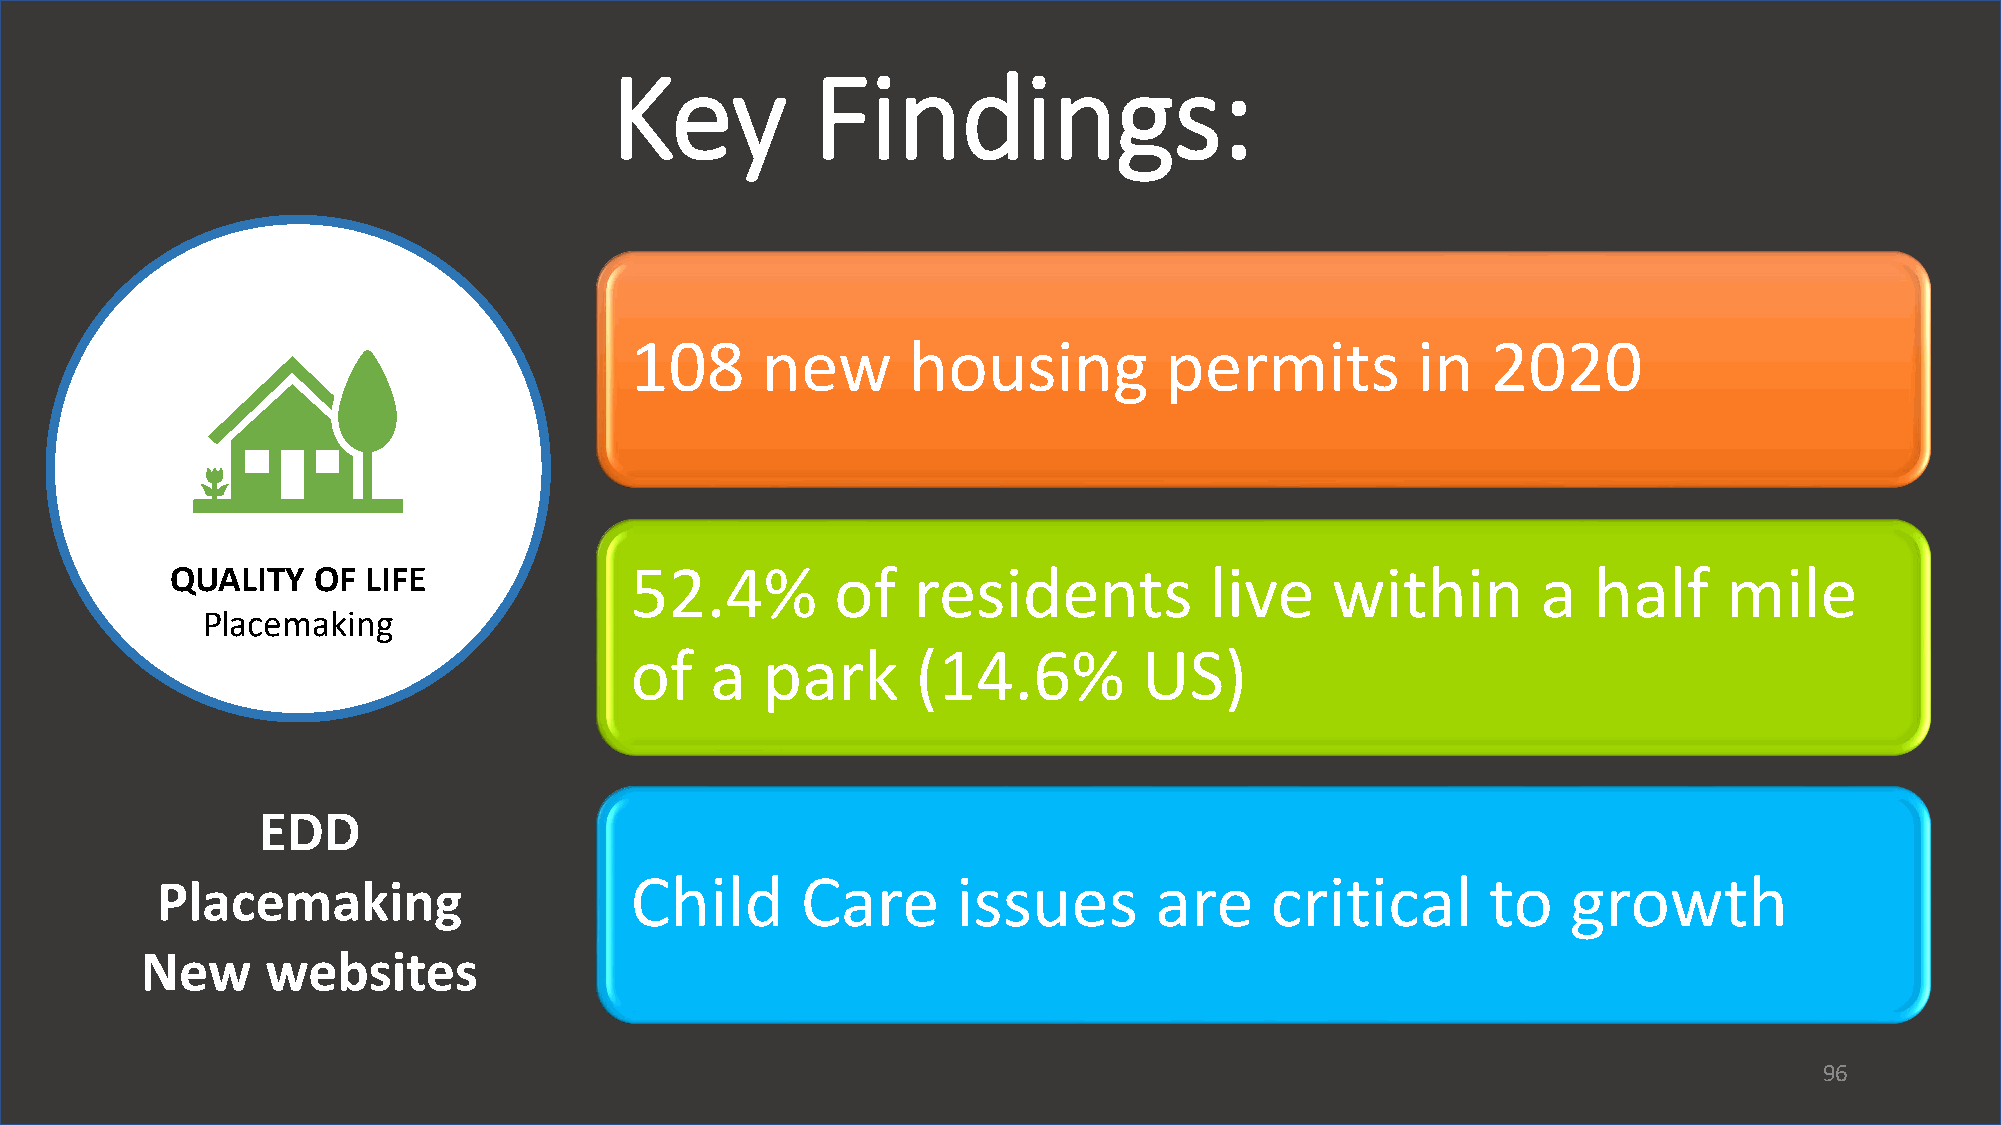
Key           Findings:
 108     new       housing          permits          in   2020
 QUALITY   OF LIFE              52.4%        of   residents           live    within        a  half     mile
 Placemaking
 of   a  park       (14.6%         US)
 EDD
 Child      Care      issues       are     critical       to   growth
 Placemaking
 New      websites
 96